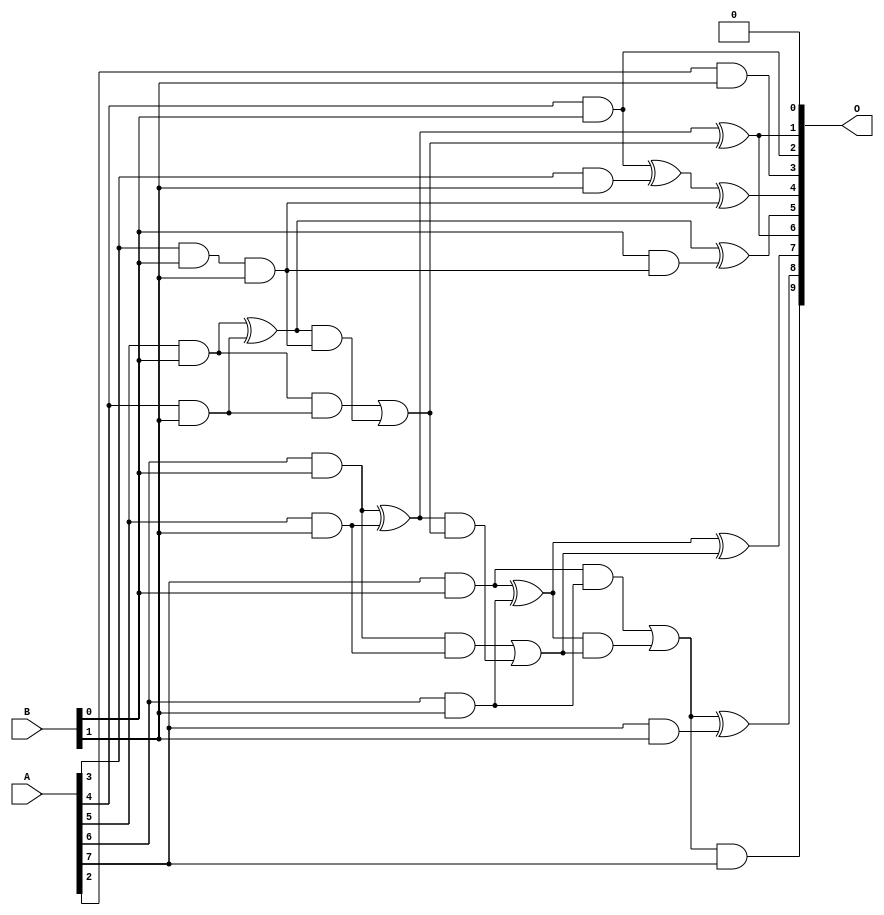
// This program was cloned from: https://github.com/ehw-fit/evoapproxlib
// License: MIT License

/***
* This code is a part of EvoApproxLib library (ehw.fit.vutbr.cz/approxlib) distributed under The MIT License.
* When used, please cite the following article(s): V. Mrazek, L. Sekanina, Z. Vasicek "Libraries of Approximate Circuits: Automated Design and Application in CNN Accelerators" IEEE Journal on Emerging and Selected Topics in Circuits and Systems, Vol 10, No 4, 2020 
* This file contains a circuit from a sub-set of pareto optimal circuits with respect to the pwr and mae parameters
***/
// MAE% = 0.32 %
// MAE = 3.2 
// WCE% = 1.46 %
// WCE = 15 
// WCRE% = 100.00 %
// EP% = 65.62 %
// MRE% = 6.33 %
// MSE = 23 
// PDK45_PWR = 0.018 mW
// PDK45_AREA = 67.1 um2
// PDK45_DELAY = 0.46 ns

module mul8x2u_0SV (
    A,
    B,
    O
);

input [7:0] A;
input [1:0] B;
output [9:0] O;

wire sig_13,sig_14,sig_15,sig_16,sig_17,sig_20,sig_21,sig_22,sig_23,sig_24,sig_25,sig_34,sig_38,sig_41,sig_42,sig_43,sig_44,sig_45,sig_46,sig_47;
wire sig_48,sig_49,sig_50,sig_51,sig_52,sig_53,sig_54,sig_55,sig_56,sig_57,sig_58,sig_59;

assign sig_13 = A[3] & B[0];
assign sig_14 = A[4] & B[0];
assign sig_15 = A[5] & B[0];
assign sig_16 = A[6] & B[0];
assign sig_17 = A[7] & B[0];
assign sig_20 = A[2] & B[1];
assign sig_21 = A[3] & B[1];
assign sig_22 = A[4] & B[1];
assign sig_23 = A[5] & B[1];
assign sig_24 = A[6] & B[1];
assign sig_25 = A[7] & B[1];
assign sig_34 = sig_13 & B[1];
assign sig_38 = sig_14 ^ sig_21;
assign sig_41 = sig_38 ^ sig_34;
assign sig_42 = B[0] & sig_34;
assign sig_43 = sig_15 ^ sig_22;
assign sig_44 = sig_15 & sig_22;
assign sig_45 = sig_43 & sig_34;
assign sig_46 = sig_43 ^ sig_42;
assign sig_47 = sig_44 | sig_45;
assign sig_48 = sig_16 ^ sig_23;
assign sig_49 = sig_16 & sig_23;
assign sig_50 = sig_48 & sig_47;
assign sig_51 = sig_48 ^ sig_47;
assign sig_52 = sig_49 | sig_50;
assign sig_53 = sig_17 ^ sig_24;
assign sig_54 = sig_17 & sig_24;
assign sig_55 = sig_53 & sig_52;
assign sig_56 = sig_53 ^ sig_52;
assign sig_57 = sig_54 | sig_55;
assign sig_58 = sig_57 & A[7];
assign sig_59 = sig_57 ^ sig_25;

assign O[9] = sig_58;
assign O[8] = sig_59;
assign O[7] = sig_56;
assign O[6] = sig_51;
assign O[5] = sig_46;
assign O[4] = sig_41;
assign O[3] = sig_20;
assign O[2] = sig_14;
assign O[1] = sig_51;
assign O[0] = 1'b0;

endmodule